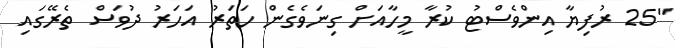
"25 ރުފިޔާ އިންވެސްޓު ކުރާ މީހާއަށް ގިނަވެގެން ހަތަރު އަހަރު ދުވަސް ތެރޭގައި